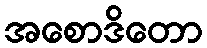
အစောဒိတော